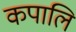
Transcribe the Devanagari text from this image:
कपालि